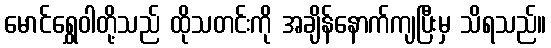
မောင်ရွှေဝါတို့သည် ထိုသတင်းကို အချိန်နောက်ကျပြီးမှ သိရသည်။